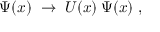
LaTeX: \Psi ( x ) \; \rightarrow \; U ( x ) \: \Psi ( x ) \; ,